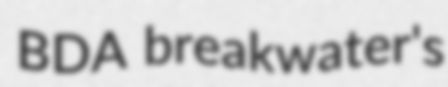
BDA breakwater's